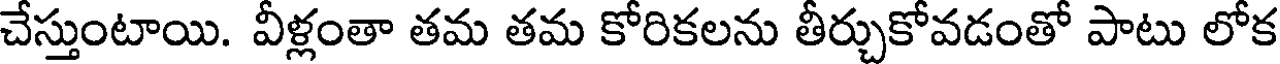
చేస్తుంటాయి. వీళ్లంతా తమ తమ కోరికలను తీర్చుకోవడంతో పాటు లోక